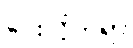
ပေးလိုက်ရာ